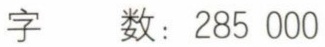
字 数：285 000